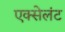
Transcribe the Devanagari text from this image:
एक्सेलंट